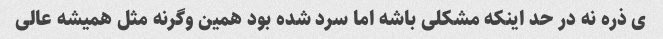
ی ذره نه در حد اینکه مشکلی باشه اما سرد شده بود همین وگرنه مثل همیشه عالی